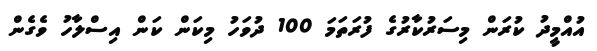
އުއްމީދު ކުރަން މިސަރުކާރުގެ ފުރަތަމަ 100 ދުވަހު މިކަން ކަން އިސްލާހު ވެގެން